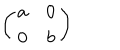
\left( \begin{array} { c c } { { a } } & { { 0 } } \\ { { 0 } } & { { b } } \\ \end{array} \right)